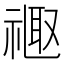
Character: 𫩉